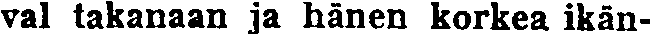
val takanaan ja hänen korkea ikän-